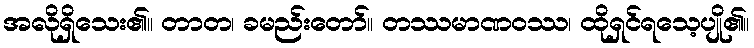
အလိုရှိသေး၏။ တာတ၊ ခမည်းတော်။ တဿမာဏဝဿ၊ ထိုရှင်ရသေ့ပျို၏။